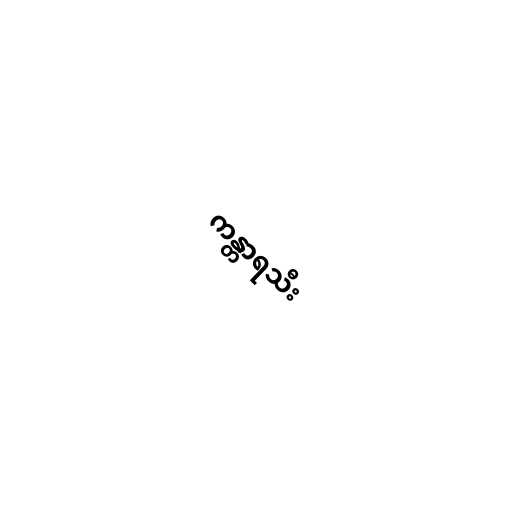
ကန္တာရသီး